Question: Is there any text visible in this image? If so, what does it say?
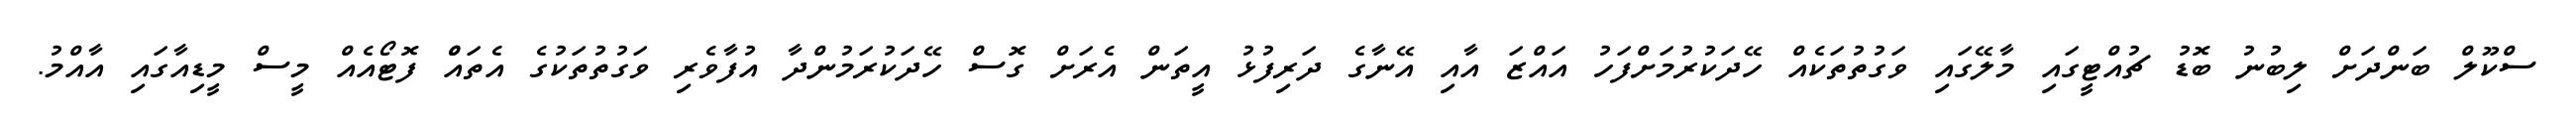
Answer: ސްކޫލް ބަންދަށް ލިބުނު ބޮޑު ޗުއްޓީގައި މާލޭގައި ވަގުތުތަކެއް ހޭދަކުރުމަށްފަހު އައްޒަ އާއި އޭނާގެ ދަރިފުޅު އީތަން އެރަށް ގޮސް ހޭދަކުރަމުންދާ އުފާވެރި ވަގުތުތަކުގެ އެތައްް ފޮޓޯއެއް މީސް މީޑިއާގައި އާއްމު.